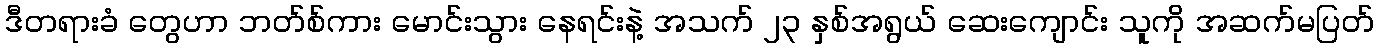
ဒီတရားခံ တွေဟာ ဘတ်စ်ကား မောင်းသွား နေရင်းနဲ့ အသက် ၂၃ နှစ်အရွယ် ဆေးကျောင်း သူကို အဆက်မပြတ်